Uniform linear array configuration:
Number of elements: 24
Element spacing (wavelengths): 1
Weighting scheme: binomial
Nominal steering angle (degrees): -30
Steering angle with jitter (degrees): -31.336
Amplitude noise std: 0.05
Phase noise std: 0.05

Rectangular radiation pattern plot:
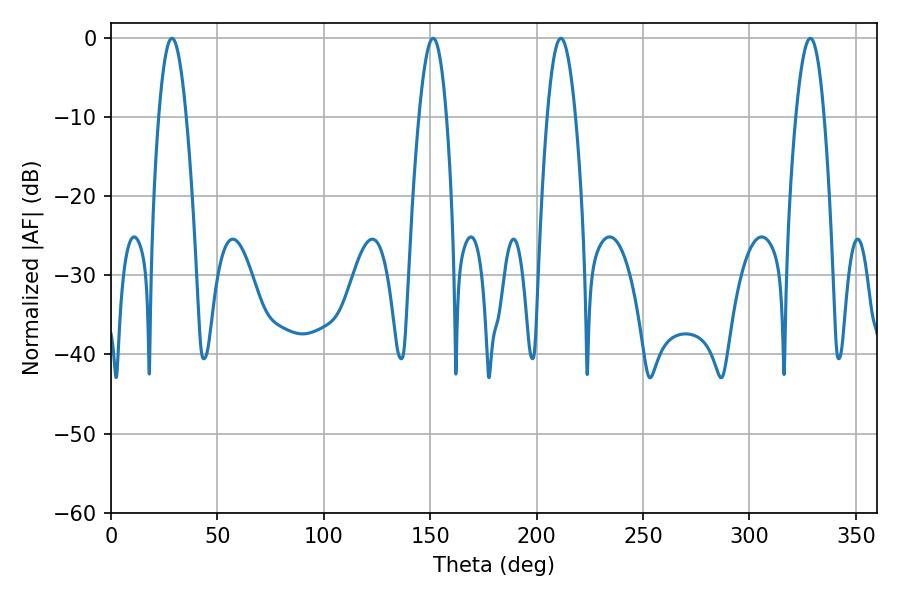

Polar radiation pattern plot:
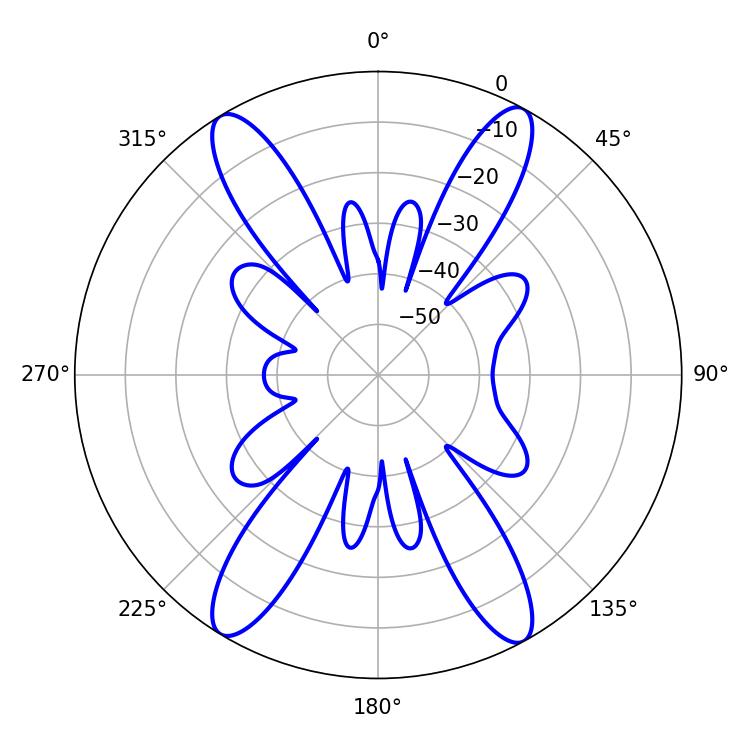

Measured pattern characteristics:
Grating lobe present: TRUE
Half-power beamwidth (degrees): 7.02
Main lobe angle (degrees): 28.62